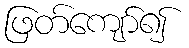
ဖြတ်ကျော်၍